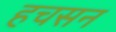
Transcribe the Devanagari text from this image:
हचसन